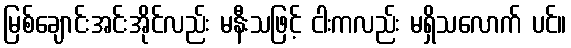
မြစ်ချောင်းအင်းအိုင်လည်း မနီးသဖြင့် ငါးကလည်း မရှိသလောက် ပင်။